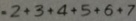
= 2 + 3 + 4 + 5 + 6 + 7